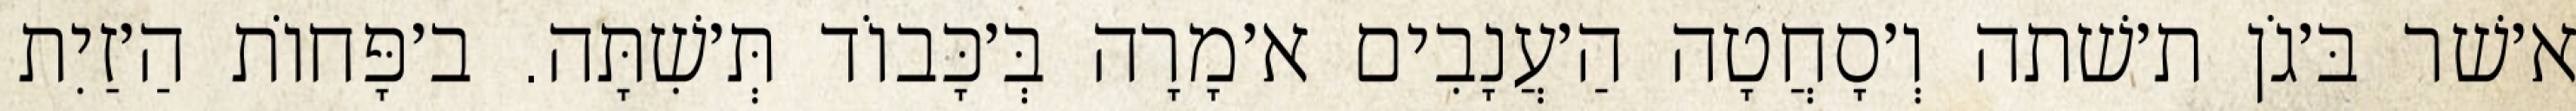
א׳שׁר בּ׳גֹן ת׳שׁתה וְ׳סָחֲטָה הַ׳עֲנָבִים א׳מָרָה בְּ׳כָּבוֹד תְּ׳שִׁתָּה. ב׳פָּחוֹת הַ׳זַיִת